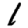
Digit: 1